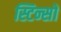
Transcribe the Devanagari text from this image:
स्टिन्सों